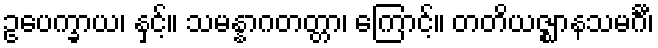
ဥပေက္ခာယ၊ နှင့်။ သမန္နာဂတတ္တာ၊ ကြောင့်။ တတိယဇ္ဈာနသမင်္ဂီ၊